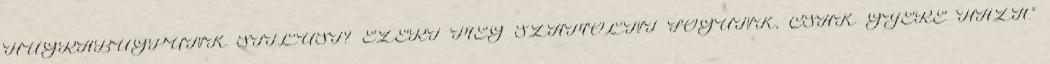
HUGRABUGPUNK STÍLUST? EZÉRT MÉG SZÁMOLNI FOGUNK, CSAK GYERE HAZA.”